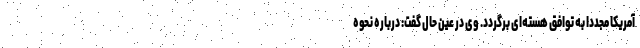
آمریکا مجددا به توافق هسته‌ای برگردد. وی در عین حال گفت: درباره نحوه